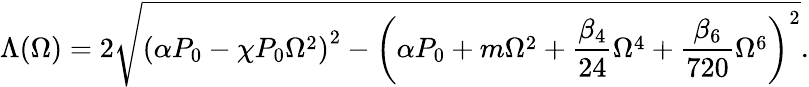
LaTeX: \Lambda(\Omega)=2\sqrt{\left(\alpha P_{0}-\chi P_{0}\Omega^{2}\right)^{2}-\left(\alpha P_{0}+m\Omega^{2}+\frac{\beta_{4}}{24}\Omega^{4}+\frac{\beta_{6}}{720}\Omega^{6}\right)^{2}}.